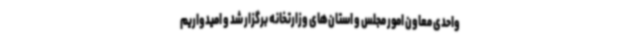
واحدی معاون امور مجلس و استان‌های وزارتخانه برگزار شد و امیدواریم